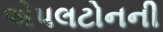
એપલટોનની